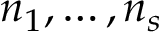
n _ { 1 } , \dots , n _ { s }